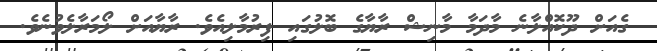
ގެއަށް ދޫކޮއްލާނެ މާދަމާ މާނިޝް ރާޔާގެ ބޮލުގައި ފިރުމާލިއެވެ. ރާޔާއަށް ލޯމަރާލެވުނެވެ.